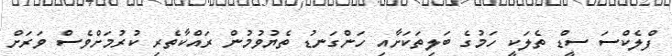
ފްލެކްސަ ސީޑް ތެލަކީ ހަމުގެ ބަލިތަކަށާއި ހަންގަނޑު ތެޔުވުމުން ރައްކާތެރި ކުރުމަށްވެސް ވަރަށް